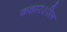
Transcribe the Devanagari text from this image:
कछार३ाील